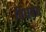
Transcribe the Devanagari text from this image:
विधवेव